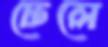
ঢেলে